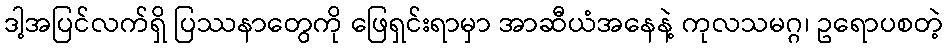
ဒါ့အပြင်လက်ရှိ ပြဿနာတွေကို ဖြေရှင်းရာမှာ အာဆီယံအနေနဲ့ ကုလသမဂ္ဂ၊ ဥရောပစတဲ့